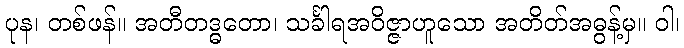
ပုန၊ တစ်ဖန်။ အတီတဒ္ဓတော၊ သင်္ခါရအဝိဇ္ဇာဟူသော အတိတ်အဓွန့်မှ။ ဝါ၊